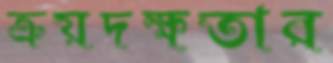
ক্রয়দক্ষতার